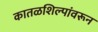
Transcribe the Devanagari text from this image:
कातळशिल्पांवरून